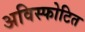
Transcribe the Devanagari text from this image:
अविस्फोटित